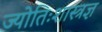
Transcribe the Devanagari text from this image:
ज्योतिःशास्त्रज्ञ